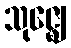
သုဇ္ဈေ